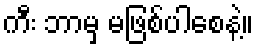
ကီး ဘာမှ မဖြစ်ပါစေနဲ့။